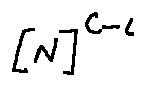
[ N ] ^ { C - l }